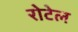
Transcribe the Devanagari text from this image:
रोटेल